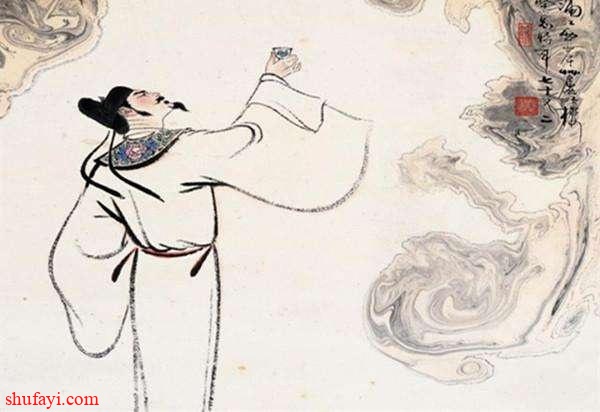
男儿西北有神州，莫滴水西桥畔泪。